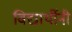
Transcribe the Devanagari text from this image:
विद्यार्थीनी